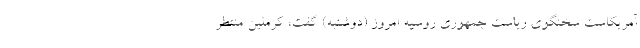
آمریکاست سخنگوی ریاست جمهوری روسیه امروز (دوشنبه) گفت، کرملین منتظر